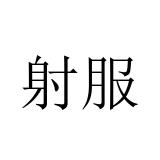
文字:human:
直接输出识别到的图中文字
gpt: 射服